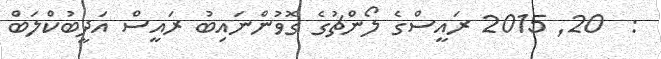
:  20